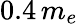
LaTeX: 0.4\, {m_{e}}